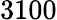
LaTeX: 3100